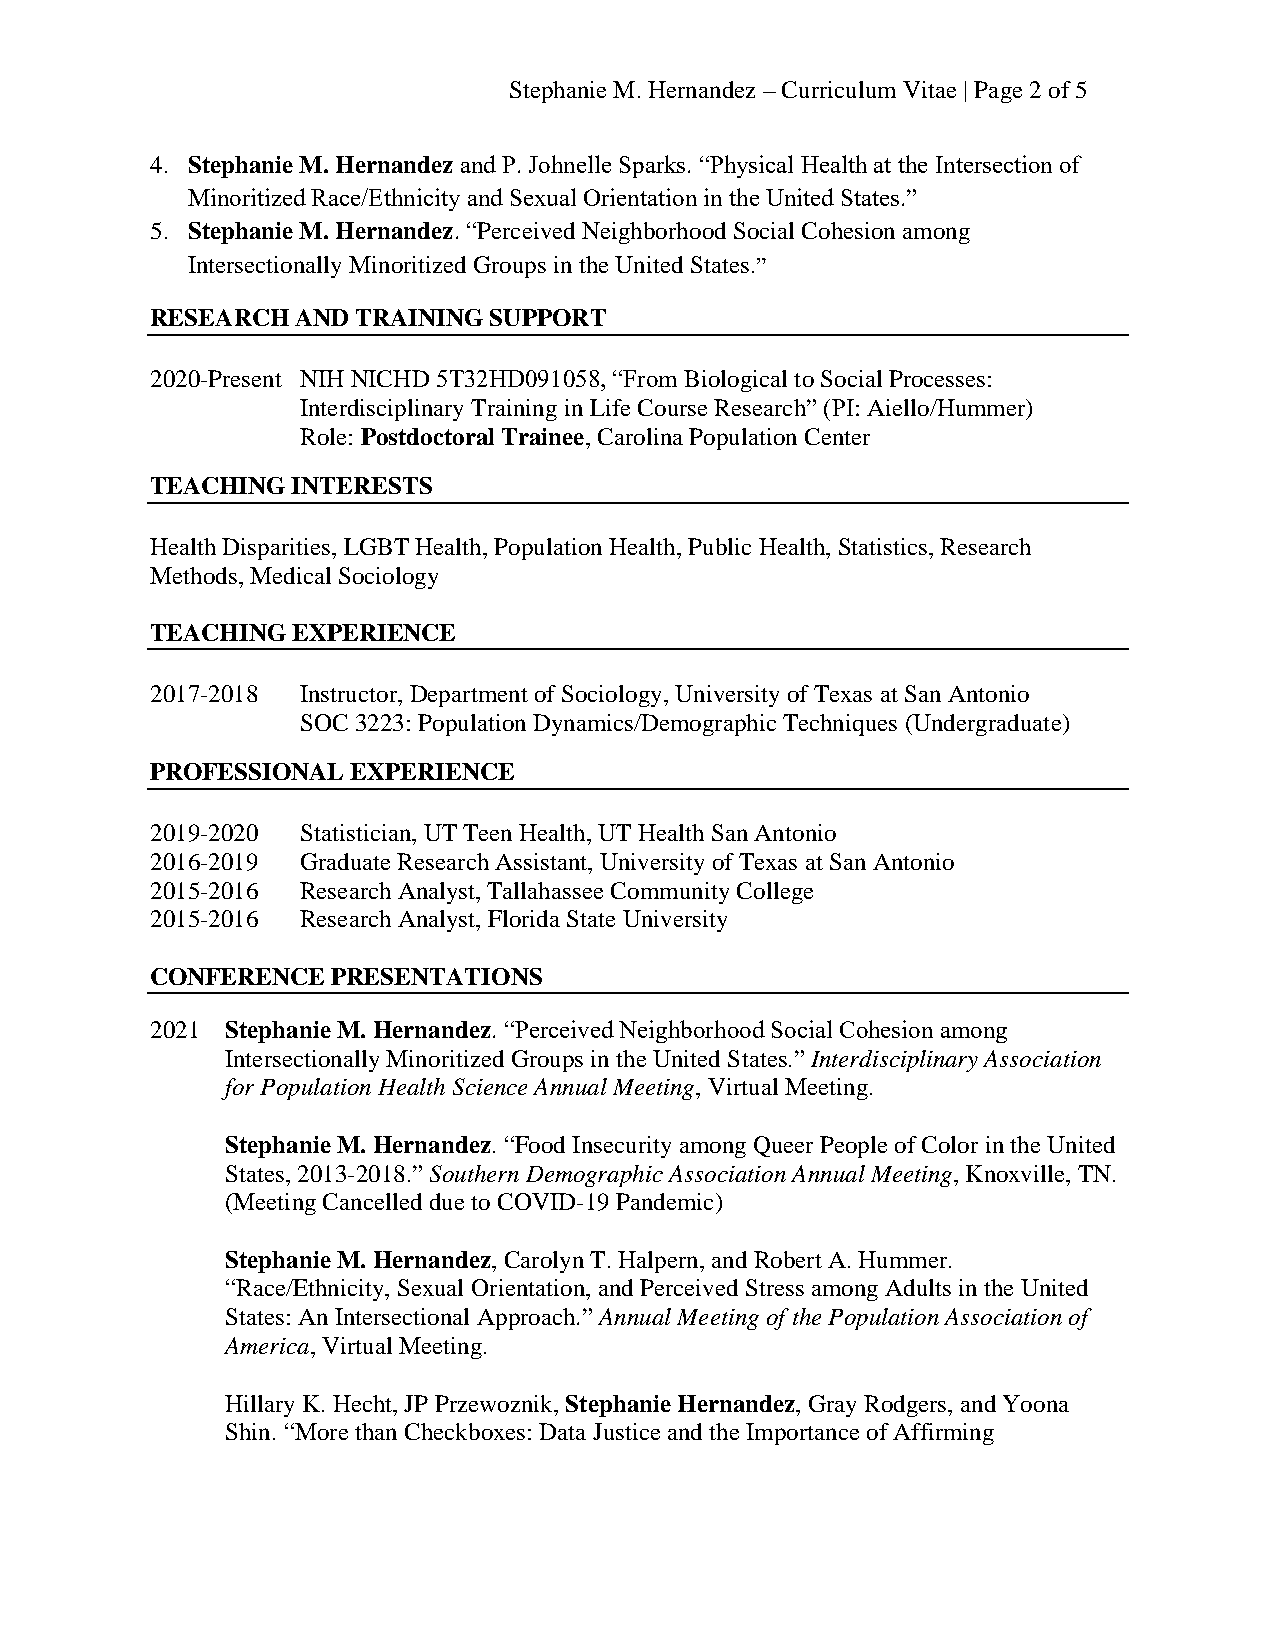
Stephanie M. Hernandez – Curriculum Vitae | Page 2 of 5
 4. Stephanie M. Hernandez and P. Johnelle Sparks. “Physical Health at the Intersection of
 Minoritized Race/Ethnicity and Sexual Orientation in the United States.”
 5. Stephanie M. Hernandez. “Perceived Neighborhood Social Cohesion among
 Intersectionally Minoritized Groups in the United States.”
 RESEARCH  AND TRAINING SUPPORT
 2020-Present NIH NICHD 5T32HD091058, “From Biological to Social Processes:
 Interdisciplinary Training in Life Course Research” (PI: Aiello/Hummer)
 Role: Postdoctoral Trainee, Carolina Population Center
 TEACHING INTERESTS
 Health Disparities, LGBT Health, Population Health, Public Health, Statistics, Research
 Methods, Medical Sociology
 TEACHING EXPERIENCE
 2017-2018 Instructor, Department of Sociology, University of Texas at San Antonio
 SOC 3223: Population Dynamics/Demographic Techniques (Undergraduate)
 PROFESSIONAL EXPERIENCE
 2019-2020 Statistician, UT Teen Health, UT Health San Antonio
 2016-2019 Graduate Research Assistant, University of Texas at San Antonio
 2015-2016 Research Analyst, Tallahassee Community College
 2015-2016 Research Analyst, Florida State University
 CONFERENCE  PRESENTATIONS
 2021 Stephanie M. Hernandez. “Perceived Neighborhood Social Cohesion among
 Intersectionally Minoritized Groups in the United States.” Interdisciplinary Association
 for Population Health Science Annual Meeting, Virtual Meeting.
 Stephanie M. Hernandez. “Food Insecurity among Queer People of Color in the United
 States, 2013-2018.” Southern Demographic Association Annual Meeting, Knoxville, TN.
 (Meeting Cancelled due to COVID-19 Pandemic)
 Stephanie M. Hernandez, Carolyn T. Halpern, and Robert A. Hummer.
 “Race/Ethnicity, Sexual Orientation, and Perceived Stress among Adults in the United
 States: An Intersectional Approach.” Annual Meeting of the Population Association of
 America, Virtual Meeting.
 Hillary K. Hecht, JP Przewoznik, Stephanie Hernandez, Gray Rodgers, and Yoona
 Shin. “More than Checkboxes: Data Justice and the Importance of Affirming